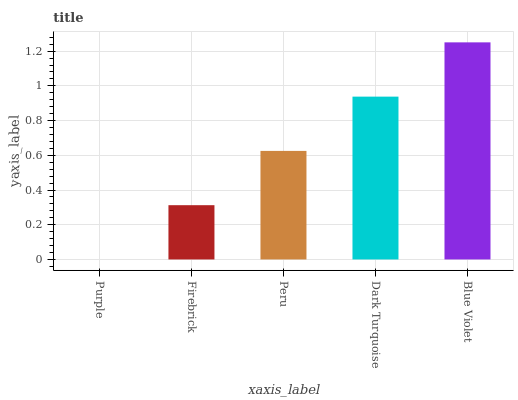
| xaxis_label | bars |
 | --- | --- |
 | Purple | 0 |
 | Firebrick | 0.313 |
 | Peru | 0.625 |
 | Dark Turquoise | 0.938 |
 | Blue Violet | 1.25 |